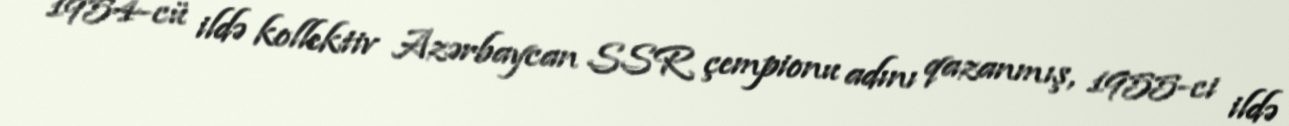
1954-cü ildə kollektiv Azərbaycan SSR çempionu adını qazanmış, 1955-ci ildə